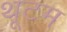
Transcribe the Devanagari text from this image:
थूटम